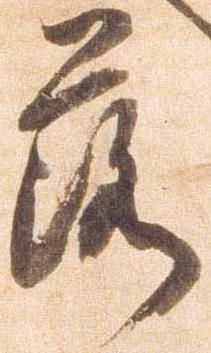
落